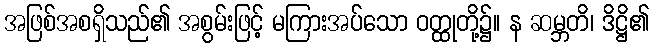
အဖြစ်အစရှိသည်၏ အစွမ်းဖြင့် မကြားအပ်သော ဝတ္ထုတို့၌။ န ဆမ္ဘတိ၊ ဒိဋ္ဌိ၏